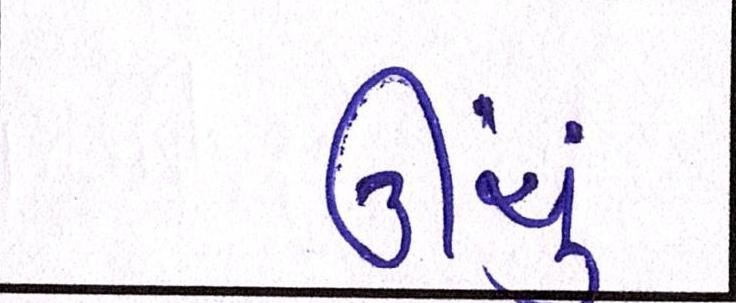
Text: ઊંચું